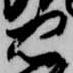
忠